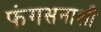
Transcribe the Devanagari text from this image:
फंगसनाशी